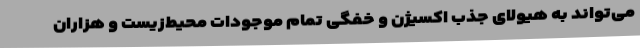
می‌تواند به هیولای جذب اکسیژن و خفگی تمام موجودات محیط‌زیست و هزاران